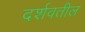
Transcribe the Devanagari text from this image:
दर्शवतील